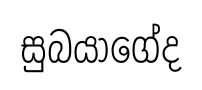
සුබයාගේද